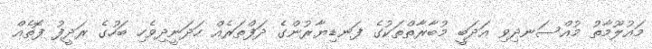
މައުލޫމާތު މުއްސަނދިވި އަދަބީ މުބާރާތްތަކުގެ ފަނޑިޔާރުންގެ ދަފްތަރެއް ހަދަނީދިވެހި ބަހުގެ ރަދީފު ފޮތެއް